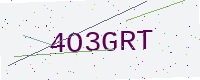
Text: 4O3GRT